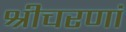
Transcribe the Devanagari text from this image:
श्रीचरणां